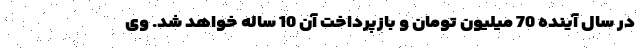
در سال آینده 70 میلیون تومان و بازپرداخت آن 10 ساله خواهد شد. وی